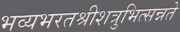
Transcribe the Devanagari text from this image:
भव्यभरतश्रीशत्रुभित्सन्नते